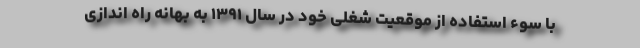
با سوء استفاده از موقعیت شغلی خود در سال ۱۳۹۱ به بهانه راه اندازی